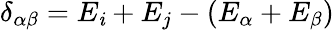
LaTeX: \delta_{\alpha\beta}=E_{\mathit{i}}+E_{j}-(E_{\alpha}+E_{\beta})